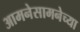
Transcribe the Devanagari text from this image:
आमनेसामनेच्या